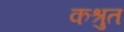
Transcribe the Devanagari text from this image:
कश्रुत